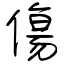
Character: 傷